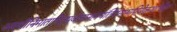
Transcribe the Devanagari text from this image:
अस्थीनिमातापितृपूर्वजानांनयंतिगंगामपियेकथंचित्